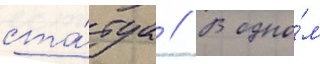
ста́туа // В одно́м